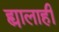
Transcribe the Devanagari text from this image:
ह्यालाही